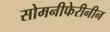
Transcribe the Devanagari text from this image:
सोमनीफेरीनीन